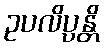
ဥပလိပ္ပန္တိ